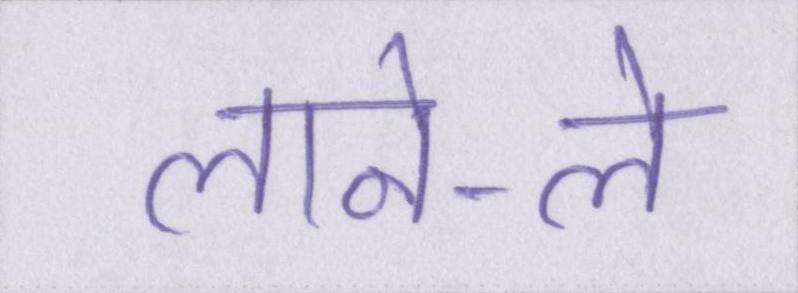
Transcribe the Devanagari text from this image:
लाने-ले